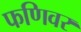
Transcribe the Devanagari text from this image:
फणिवर